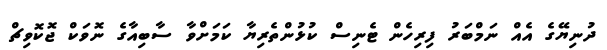
ދުނިޔޭގެ އެއް ނަމްބަރު ފިރިހެން ޓެނިސް ކުޅުންތެރިޔާ ކަމަށްވާ ސާބިއާގެ ނޮވަކް ޖޮކޮވިޗް